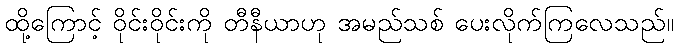
ထို့ကြောင့် ဝိုင်းဝိုင်းကို တီနီယာဟု အမည်သစ် ပေးလိုက်ကြလေသည်။